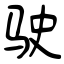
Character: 驶